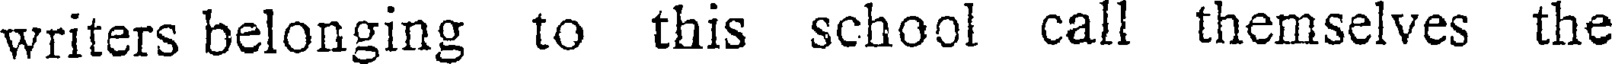
writers belonging to this school call themselves the